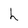
Character: h